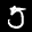
Label: 5